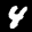
Label: 4